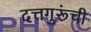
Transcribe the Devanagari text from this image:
दत्तगुरूंची